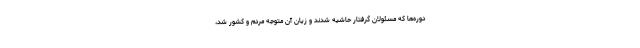
دوره‌ها که مسئولان گرفتار حاشیه شدند و زیان آن متوجه مردم و کشور شد،